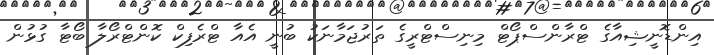
އިންޑޮނީޝިއާގެ ޓްރާންސްޕޯޓް މިނިސްޓްރީގެ ތަރުޖަމާނަކު ބުނީ އެއާ ޓްރެފިކް ކޮންޓްރޯލާ ބޯޓާ ގުޅުން